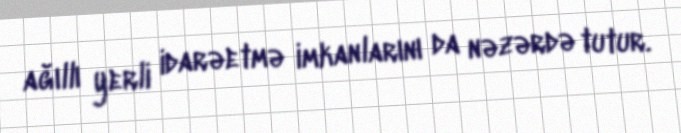
ağıllı yerli idarəetmə imkanlarını da nəzərdə tutur.